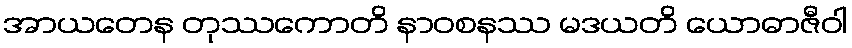
အာယတေန တုဿကောတိ နာဝစနဿ မဒယတိ ယောဓာဇီဝါ